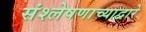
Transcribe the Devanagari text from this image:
संश्लेषणाच्याद्वारे